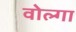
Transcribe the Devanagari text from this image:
वोल्‍गा